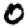
Digit: 0